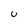
Character: U